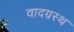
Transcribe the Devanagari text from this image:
वादग्रस्थ